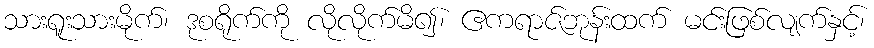
သားရူးသားမိုက်၊ ဒုစရိုက်ကို လိုလိုက်မိ၍၊ ဧကရာဇ်ဘုန်းထက် မင်းဖြစ်လျက်နှင့်၊